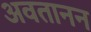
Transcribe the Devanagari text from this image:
अवतानन